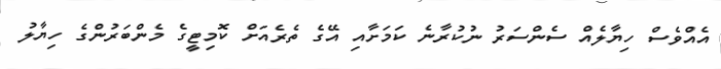
އެއްވެސް ހިޔާލެއް ސެންސަރު ނުކުރާނެ ކަމަށާއި އޭގެ ތެރެއަށް ކޮމިޓީގެ މެންބަރުންގެ ހިޔާލު